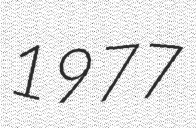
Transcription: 1977